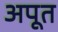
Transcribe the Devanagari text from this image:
अपूत